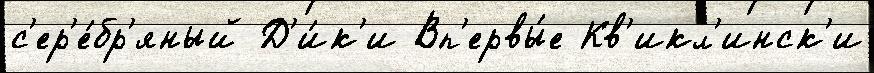
с'ер'е́бр'яный Д'и́к'и Вп'ервы́е Кв'икл'инск'и